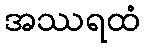
အဿရထံ